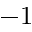
- 1